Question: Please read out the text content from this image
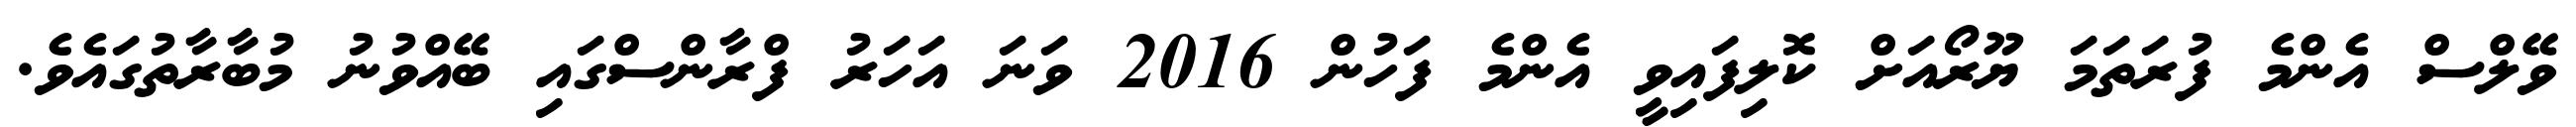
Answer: ވޭލްސް އެންމެ ފުރަތަމަ ޔޫރޯއަށް ކޮލިފައިވީ އެންމެ ފަހުން 2016 ވަނަ އަހަރު ފްރާންސްގައި ބޭއްވުނު މުބާރާތުގައެވެ.